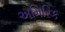
અમિરિક